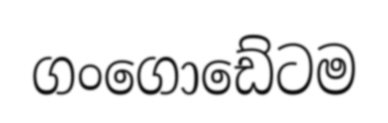
ගංගොඩේටම